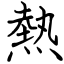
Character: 熱